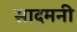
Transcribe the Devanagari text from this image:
सादमनी